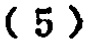
$(5)$